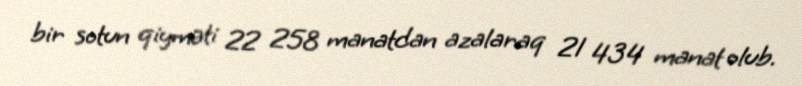
bir sotun qiyməti 22 258 manatdan azalaraq 21 434 manat olub.